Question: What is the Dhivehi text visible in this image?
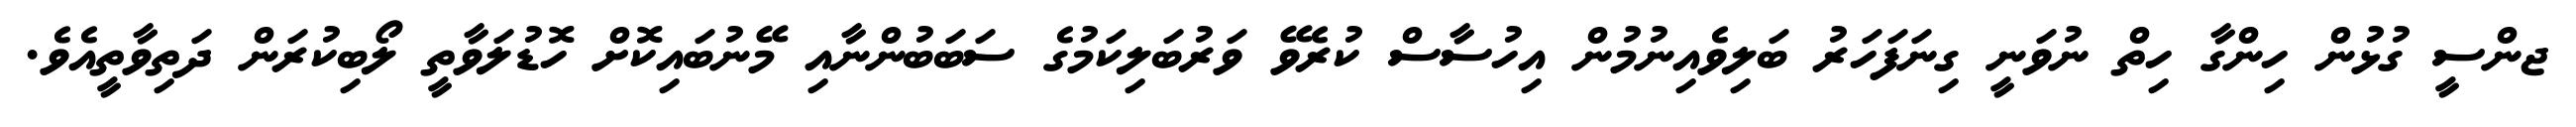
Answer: ޖންސީ ގުޅުން ހިންގާ ހިތް ނުވަނީ ގިނަފަހަރު ބަލިވެއިނުމުން އިހުސާސް ކުރެވޭ ވަރުބަލިކަމުގެ ސަބަބުންނާއި މޭނުބައިކޮށް ހޮޑުލަވާތީ ލޯބިކުރަން ދަތިވާތީއެވެ.